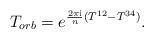
LaTeX: \begin{align*}T_{orb} = e^{ \frac{2\pi {\rm i}}{n} (T^{12} - T^{34})}.\end{align*}